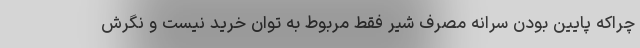
چراکه پایین بودن سرانه مصرف شیر فقط مربوط به توان خرید نیست و نگرش